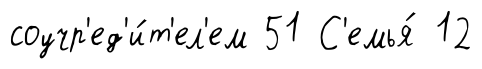
соучр'ед'и́т'ел'ем 51 С'емья́ 12